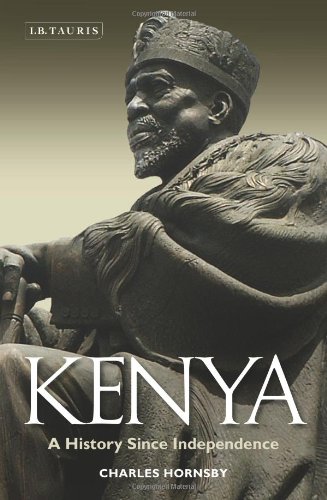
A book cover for Kenya: A History Since Independence; Charles Hornsby; History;